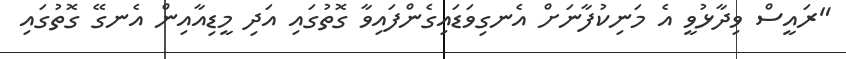
"ރައީސް ވިދާޅުވީ އެ މަނިކުފާނަށް އެނގިވަޑައިގެންފައިވާ ގޮތުގައި އަދި މީޑިއާއިން އެނގޭ ގޮތުގައި